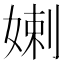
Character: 𡞸